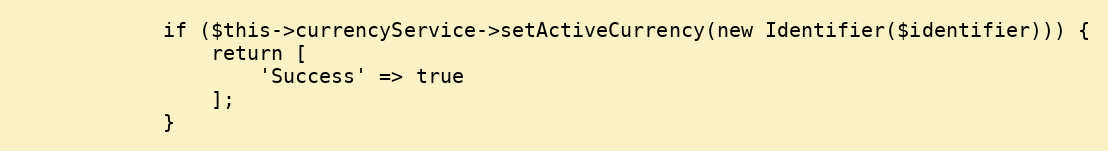
Language: PHP
            if ($this->currencyService->setActiveCurrency(new Identifier($identifier))) {
                return [
                    'Success' => true
                ];
            }